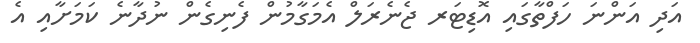
އަދި އަންނަ ހަފްތާގައި އޮޑިޓަރ ޖެނެރަލް އެމަގާމުން ފެނިގެން ނުދާނެ ކަމަށާއި އެ